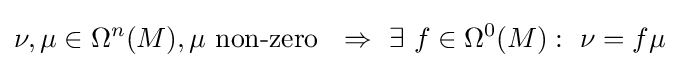
\nu ,\mu \in \Omega ^{n}(M),\mu {\text{ non-zero }}\ \Rightarrow \ \exists \ f\in \Omega ^{0}(M):\ \nu =f\mu